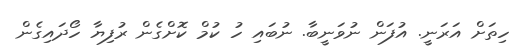
ހިތަށް އަރަނީ. އުފަން ނުވަނީބާ. ނުބައި ހު ކުމް ކޮށްގެން ރުފިޔާ ހޯދައިގެން